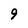
Character: 9